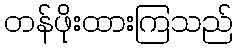
တန်ဖိုးထားကြသည်